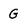
Character: G